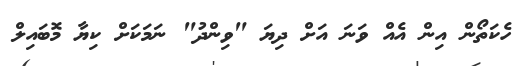
ހެކަތޯން އިން އެއް ވަނަ އަށް ދިޔަ "ވިންދު" ނަމަކަށް ކިޔާ މޮބައިލް